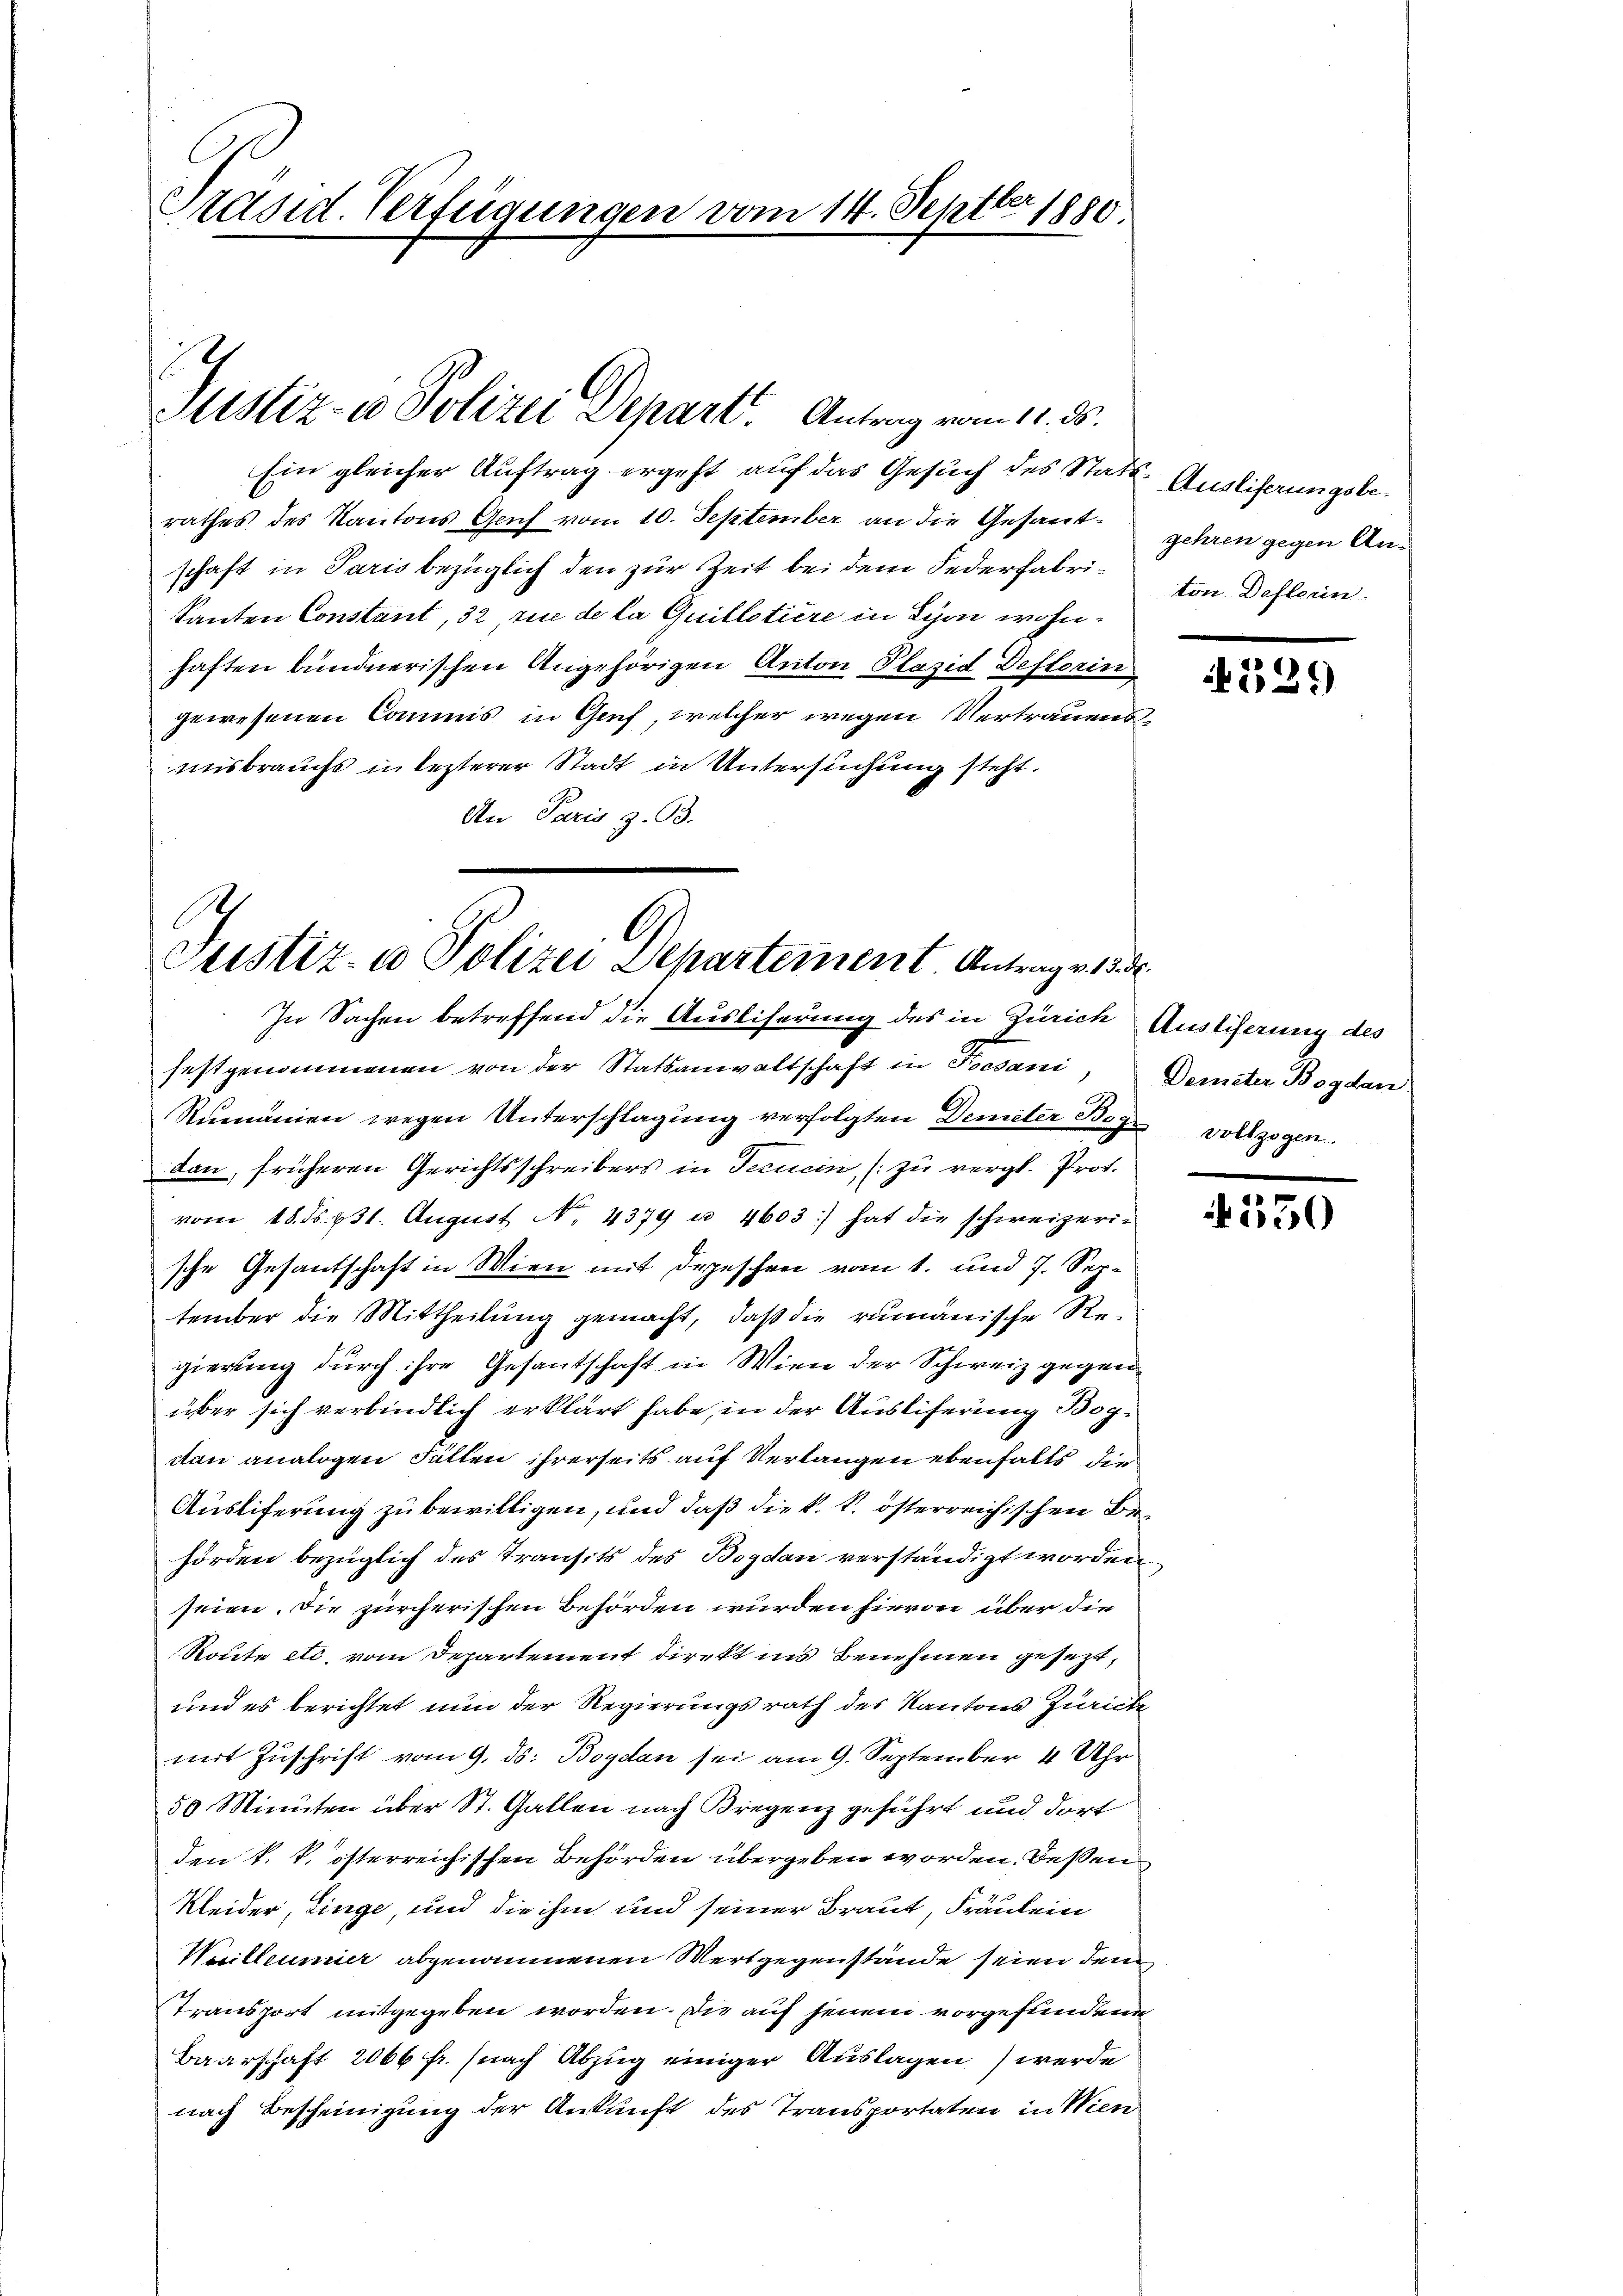
Präsid. Verfügungen vom 14. Septbr 1880

.
Sistiz- u Polizei Depart. Antrag vom 11. ds.

Ein gleicher Auftrag ergeht auf das Gesuch des Statt-Ausliferungsberathes des Kantons Geich vom 10. September an die Gesantschaft in Paris bezüglich den zur Zeit bei dem Federfabrikanten Constant, 32 rue de la Guillstiere in Lyon wohnhaften bundnerischen Angehörigen Anton Plazid Deflorin
gewesenen Commis in Genf, welcher wegen Vertrauens
misbrauchs in lezterer Stadt in Untersuchung steht.
An Paris z. B.

A
Justiz- u Polizei Departement Antrag v. 15. d.
In Sachen betreffend die Ausliferung des in Zürich Auslieferung des

gehren gegen Anton Deflerin.

festgenommenen von der Statsanwaltschaft in Pocsani, Demeter Boden
Rumanien wegen Unterschlagung verfolgten Demeter Bez. vollzogen.
tan, früheren Gerichtsschreibers in Tecucin, (zu vergl. Prot.
vom 18. d. 231. August No. 4379 u. 4603) hat die schweizeri-
sche Gesantschaft in Wien mit Depeschen vom 1. und 7. September die Mittheilung gemacht, daß die rumänische Re-
gierung durch ihre Gesantschaft in Wien der Schweiz gegen
über sich verbindlich erklärt habe, in der Ausliferung Bogdan analogen Fällen ihrerseits auf Verlangen ebenfalls die
Ausliferung zu bewilligen, und daß die k. k. österreichischen Behörden bezüglich des Transits des Bozdan verständigt worden
seien. Die zürcherischen Behörden wurden hievon über die
Route etc. vom Departement direkt ins Benehmen gesezt,
und es berichtet nun der Regierungsrath des Kantons Zurücke
mit Zuschrift vom 9. ds. Boydan sei am 9. September 4 Uhr
50 Minuten über St. Gallen nach Bregenz geführt und dort
den k. k. österreichischen Behörden übergeben worden. Deßen
Kleider, linge, und die ihm und seiner Braut, Fräulein
Kuilleumier abgenommenen Wertgegenstände seien den
Transport mitgegeben worden. Die auf jenem vorgefundene
Baarschaft 2066 fr. (nach Abzug einiger Auslagen) werde
nach Bescheinigung der Ankunft des Transportaten in Wien

529)

350